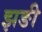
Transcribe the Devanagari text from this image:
झङी